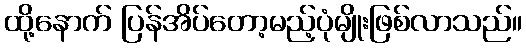
ထို့နောက် ပြန်အိပ်တော့မည့်ပုံမျိုးဖြစ်လာသည်။